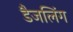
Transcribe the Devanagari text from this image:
डैजलिंग